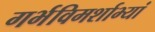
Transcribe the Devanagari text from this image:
गर्भविमर्शाभ्यां